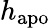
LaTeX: h_{\mathrm{apo}}